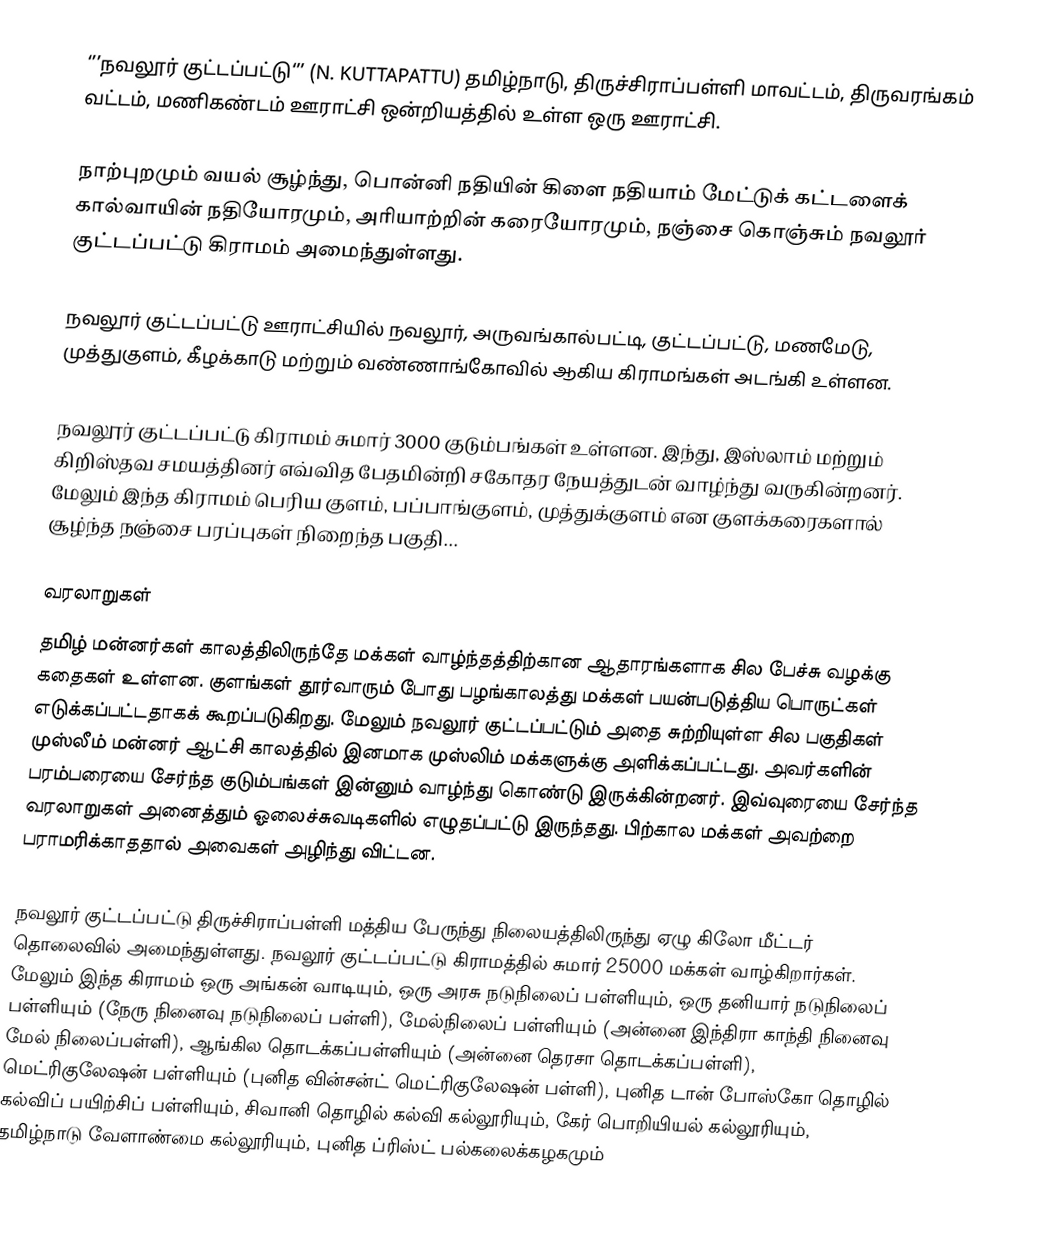
‘’’நவலூர் குட்டப்பட்டு‘’’ (N. KUTTAPATTU) தமிழ்நாடு, திருச்சிராப்பள்ளி மாவட்டம், திருவரங்கம் வட்டம், மணிகண்டம் ஊராட்சி ஒன்றியத்தில் உள்ள ஒரு ஊராட்சி.

நாற்புறமும் வயல் சூழ்ந்து, பொன்னி நதியின் கிளை நதியாம் மேட்டுக் கட்டளைக் கால்வாயின் நதியோரமும், அரியாற்றின் கரையோரமும், நஞ்சை கொஞ்சும் நவலூர் குட்டப்பட்டு கிராமம் அமைந்துள்ளது.

நவலூர் குட்டப்பட்டு ஊராட்சியில் நவலூர், அருவங்கால்பட்டி, குட்டப்பட்டு, மணமேடு, முத்துகுளம், கீழக்காடு மற்றும் வண்ணாங்கோவில் ஆகிய கிராமங்கள் அடங்கி உள்ளன.

நவலூர் குட்டப்பட்டு கிராமம் சுமார் 3000 குடும்பங்கள் உள்ளன. இந்து, இஸ்லாம் மற்றும் கிறிஸ்தவ சமயத்தினர் எவ்வித பேதமின்றி சகோதர நேயத்துடன் வாழ்ந்து வருகின்றனர். மேலும் இந்த கிராமம் பெரிய குளம், பப்பாங்குளம், முத்துக்குளம் என குளக்கரைகளால் சூழ்ந்த நஞ்சை பரப்புகள் நிறைந்த பகுதி...

வரலாறுகள்
தமிழ் மன்னர்கள் காலத்திலிருந்தே மக்கள் வாழ்ந்தத்திற்கான ஆதாரங்களாக சில பேச்சு வழக்கு கதைகள் உள்ளன. குளங்கள் தூர்வாரும் போது பழங்காலத்து மக்கள் பயன்படுத்திய பொருட்கள் எடுக்கப்பட்டதாகக் கூறப்படுகிறது. மேலும் நவலூர் குட்டப்பட்டும் அதை சுற்றியுள்ள சில பகுதிகள் முஸ்லீம் மன்னர் ஆட்சி காலத்தில் இனமாக முஸ்லிம் மக்களுக்கு அளிக்கப்பட்டது. அவர்களின் பரம்பரையை சேர்ந்த குடும்பங்கள் இன்னும் வாழ்ந்து கொண்டு இருக்கின்றனர். இவ்வுரையை சேர்ந்த வரலாறுகள் அனைத்தும் ஓலைச்சுவடிகளில் எழுதப்பட்டு இருந்தது. பிற்கால மக்கள் அவற்றை பராமரிக்காததால் அவைகள் அழிந்து விட்டன.

நவலூர் குட்டப்பட்டு திருச்சிராப்பள்ளி மத்திய பேருந்து நிலையத்திலிருந்து ஏழு கிலோ மீட்டர் தொலைவில் அமைந்துள்ளது. நவலூர் குட்டப்பட்டு கிராமத்தில் சுமார் 25000 மக்கள் வாழ்கிறார்கள். மேலும் இந்த கிராமம் ஒரு அங்கன் வாடியும், ஒரு அரசு நடுநிலைப் பள்ளியும், ஒரு தனியார் நடுநிலைப் பள்ளியும் (நேரு நினைவு நடுநிலைப் பள்ளி), மேல்நிலைப் பள்ளியும் (அன்னை இந்திரா காந்தி நினைவு மேல் நிலைப்பள்ளி), ஆங்கில தொடக்கப்பள்ளியும் (அன்னை தெரசா தொடக்கப்பள்ளி), மெட்ரிகுலேஷன் பள்ளியும் (புனித வின்சன்ட் மெட்ரிகுலேஷன் பள்ளி), புனித டான் போஸ்கோ தொழில் கல்விப் பயிற்சிப் பள்ளியும், சிவானி தொழில் கல்வி கல்லூரியும், கேர் பொறியியல் கல்லூரியும், தமிழ்நாடு வேளாண்மை கல்லூரியும், புனித ப்ரிஸ்ட் பல்கலைக்கழகமும்